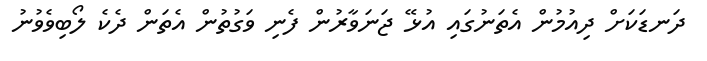
ދަނޑަކަށް ދިއުމުން އެތަނުގައި އުޅޭ ޖަނަވާރުން ފެނި ވަގުތުން އެތަން ދެކެ ލޯބިވެވުނު